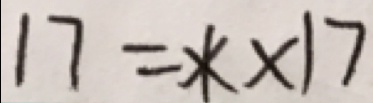
1 7 = \ast \times 1 7